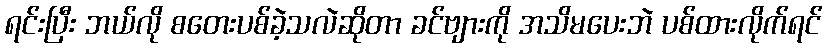
ရင်းပြီး ဘယ်လို စတေးပစ်ခဲ့သလဲဆိုတာ ခင်ဗျားကို အသိမပေးဘဲ ပစ်ထားလိုက်ရင်